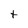
Character: t